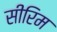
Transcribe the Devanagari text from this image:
सीरिम